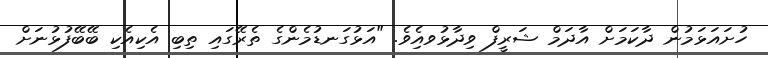
ހުށައަޅަމުން ދާކަމަށް އާދަމް ޝަރީފް ވިދާޅުވއިެވެ. "އަޅުގަނޑުމެންގެ ތެރޭގައި ތިބި އެކިއެކި ބޭބޭފުޅުނަށް